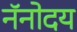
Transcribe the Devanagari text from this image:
नॅनोदय